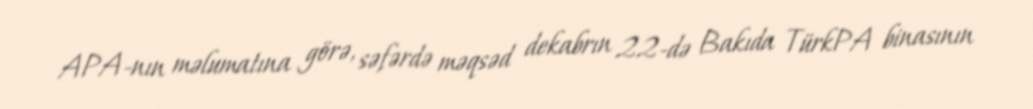
APA-nın məlumatına görə, səfərdə məqsəd dekabrın 22-də Bakıda TürkPA binasının